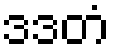
ဒဒတံ